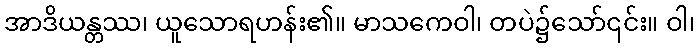
အာဒိယန္တဿ၊ ယူသောရဟန်း၏။ မာသကေဝါ၊ တပဲ၌သော်၎င်း။ ဝါ၊